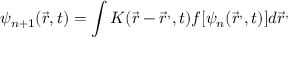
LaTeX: \psi _ { n + 1 } ( { \vec { r } } , t ) = \int K ( { \vec { r } } - { \vec { r } } ^ { , } , t ) f [ \psi _ { n } ( { \vec { r } } ^ { , } , t ) ] d { \vec { r } } ^ { , }